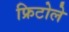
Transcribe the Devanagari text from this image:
फ्रिटोले